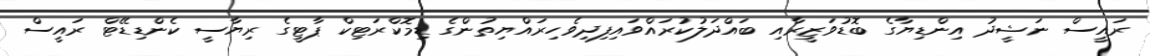
ރައީސް ނަޝީދު އިންޑިޔާގެ ބޮޑުވަޒީރާއި ބައްދަލުކުރައްވައިފިދިވެހިރައްޔިތުންގެ ޑިމޮކްރަޓިކް ޕާޓީގެ ރިޔާސީ ކެންޑިޑޭޓް ރައީސް